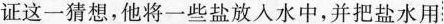
证这一猜想，他将一些盐放入水中，并把盐水用